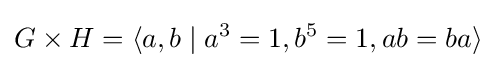
G\times H=\langle a,b\mid a^{3}=1,b^{5}=1,ab=ba\rangle